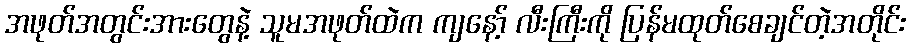
အဖုတ်အတွင်းအားတွေနဲ့ သူမအဖုတ်ထဲက ကျနော့် လီးကြီးကို ပြန်မထုတ်စေချင်တဲ့အတိုင်း